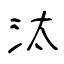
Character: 汰